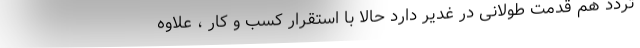
تردد هم قدمت طولانی در غدیر دارد حالا با استقرار کسب و کار ، علاوه